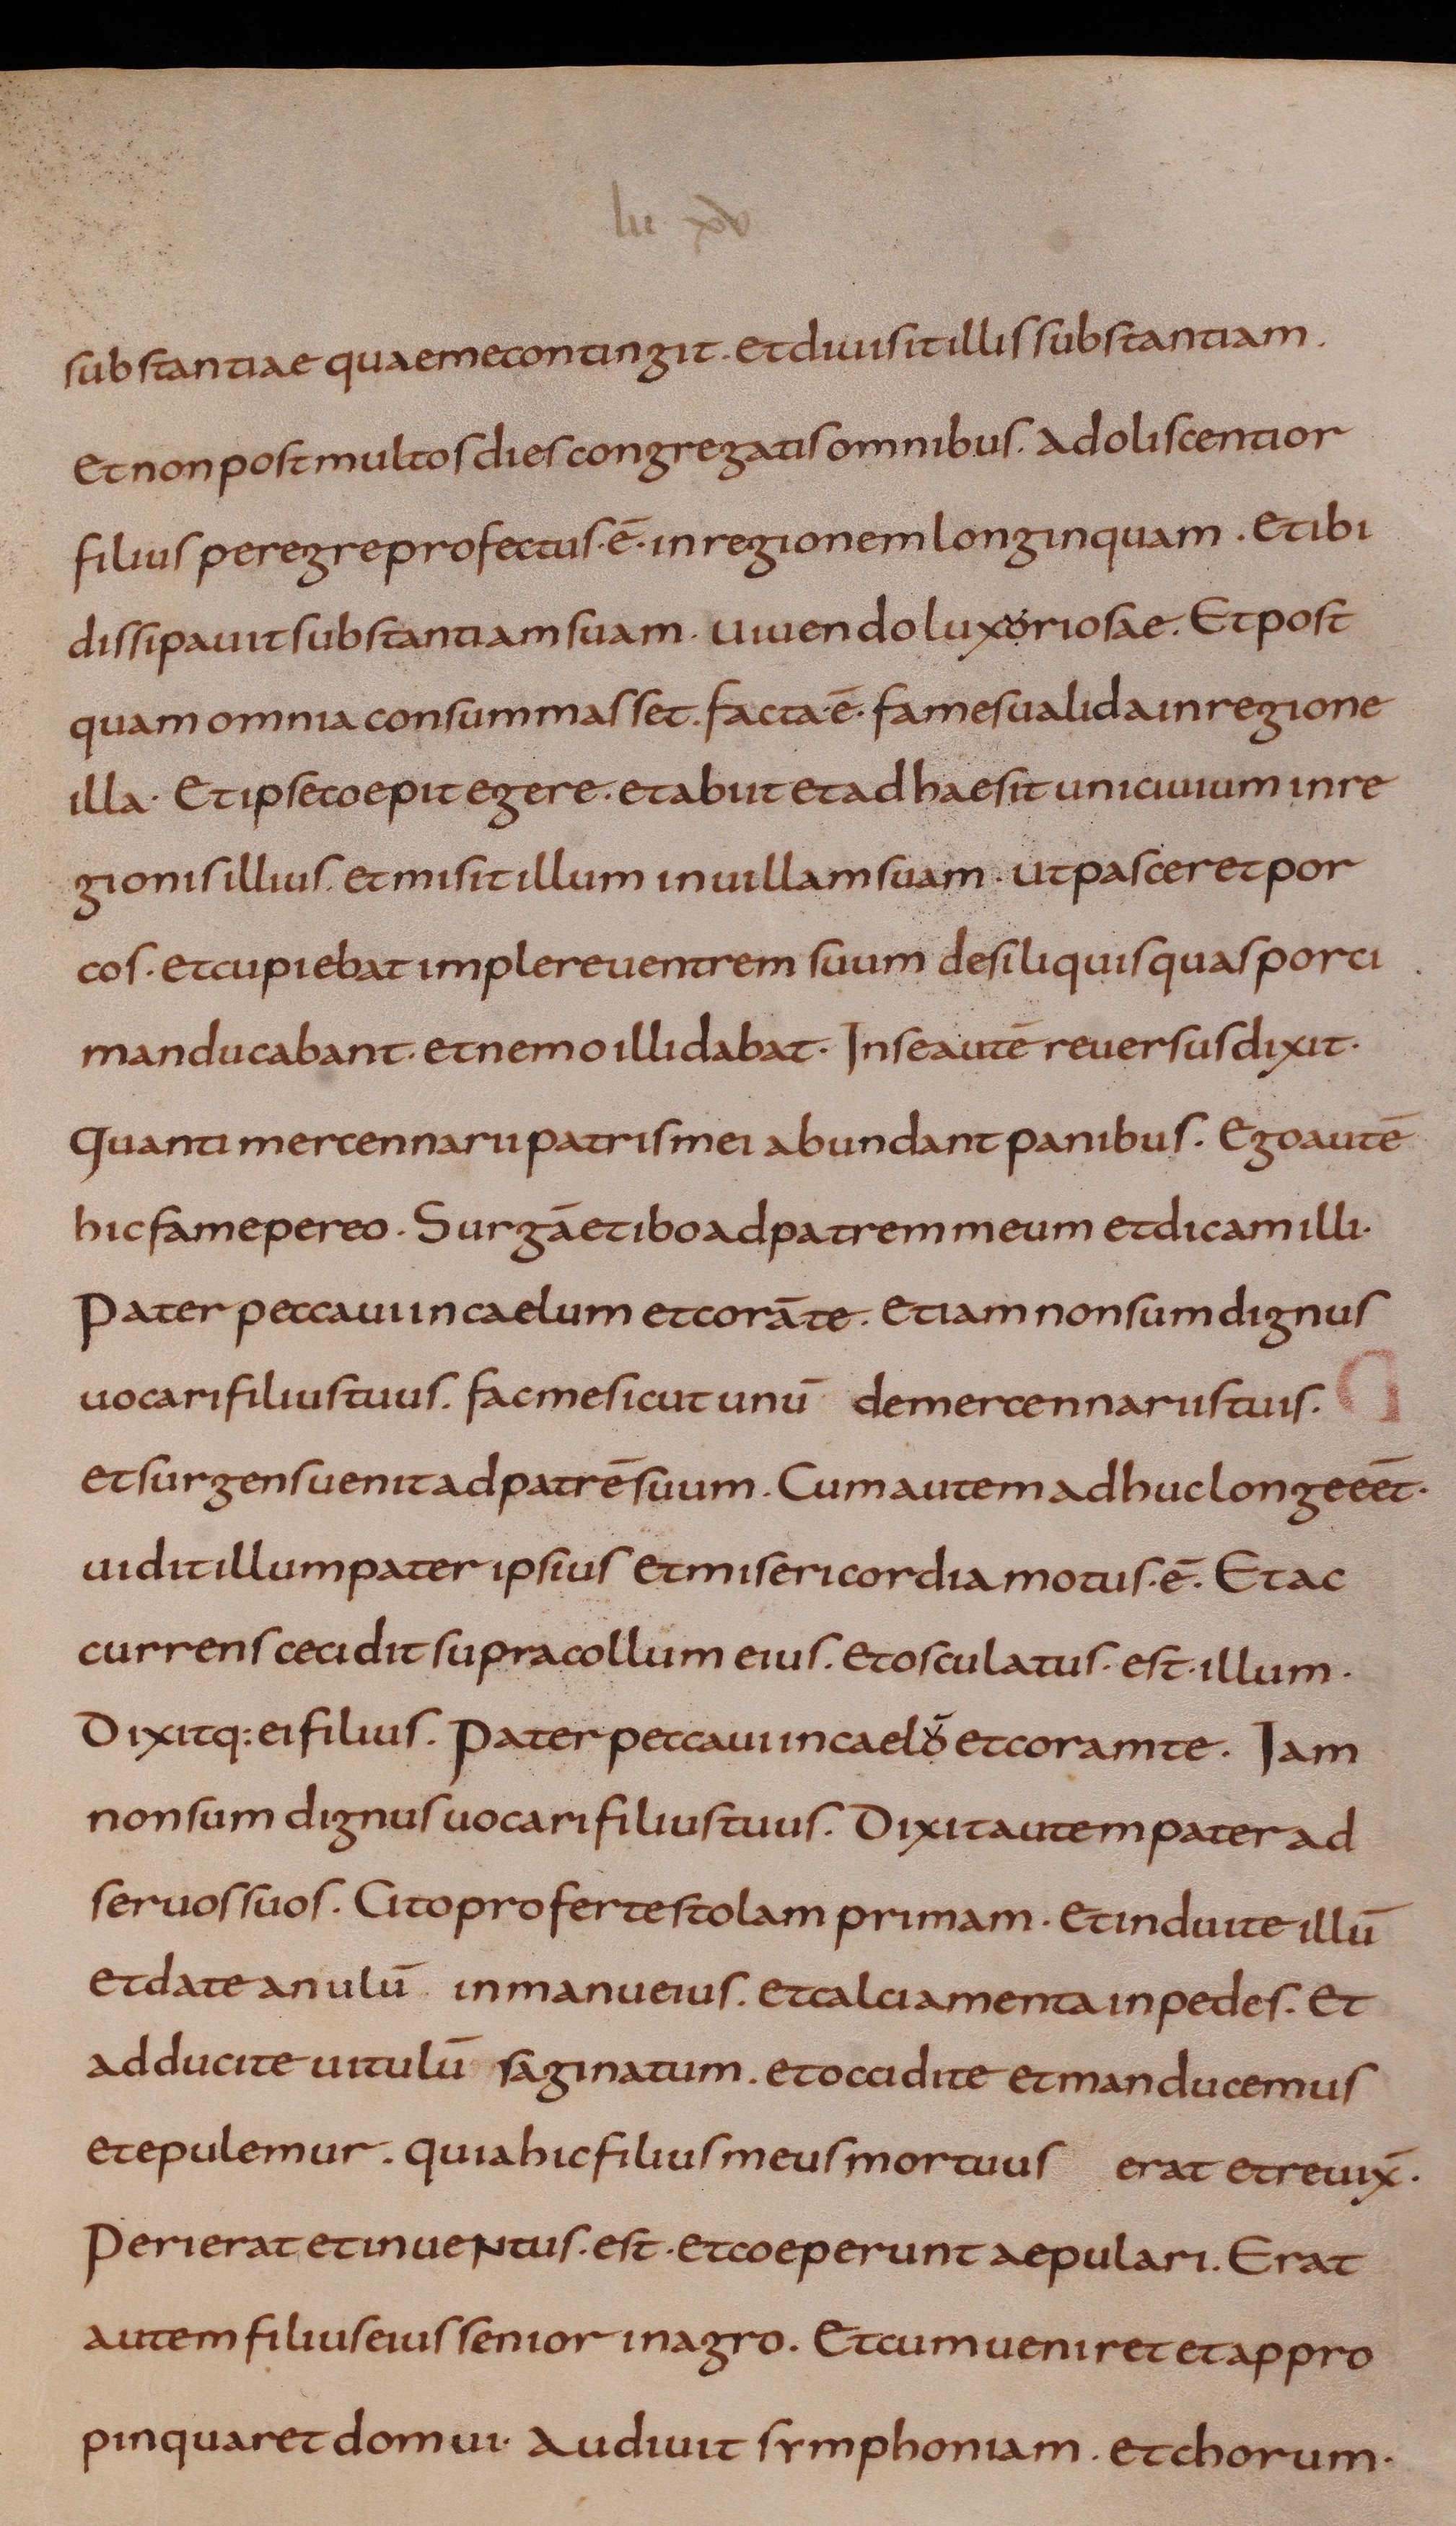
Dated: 800–899